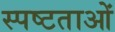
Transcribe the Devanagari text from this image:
स्पष्टताओं